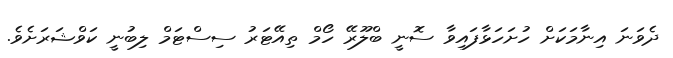
ދެވަނަ އިނާމަކަށް ހުށަހަޅާފައިވާ ސޮނީ ބްލޫރޭ ހޯމް ތިއޭޓަރު ސިސްޓަމް ލިބުނީ ކަވްޝަރަށެވެ.